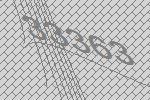
33363